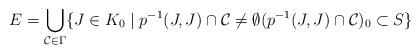
LaTeX: \begin{align*}E=\bigcup_{\mathcal{C}\in\Gamma}\{J\in K_0\mid p^{-1}(J,J)\cap\mathcal{C}\not =\emptyset(p^{-1}(J,J)\cap\mathcal{C})_0\subset S\}\end{align*}